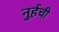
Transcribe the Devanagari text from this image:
नुर्हची